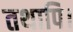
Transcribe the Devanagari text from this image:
तथापि।